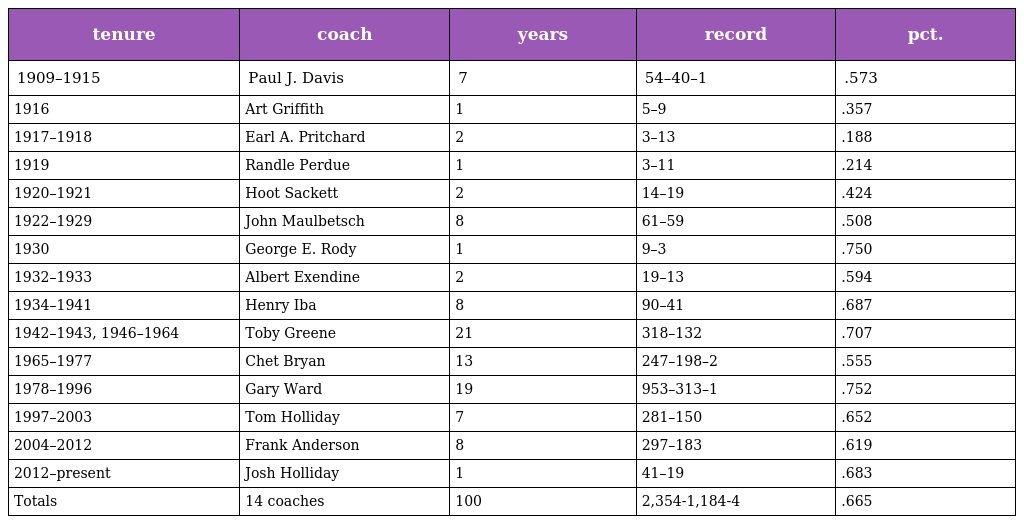
| tenure | coach | years | record | pct. |
 | --- | --- | --- | --- | --- |
 | 1909–1915 | Paul J. Davis | 7 | 54–40–1 | .573 |
 | 1916 | Art Griffith | 1 | 5–9 | .357 |
 | 1917–1918 | Earl A. Pritchard | 2 | 3–13 | .188 |
 | 1919 | Randle Perdue | 1 | 3–11 | .214 |
 | 1920–1921 | Hoot Sackett | 2 | 14–19 | .424 |
 | 1922–1929 | John Maulbetsch | 8 | 61–59 | .508 |
 | 1930 | George E. Rody | 1 | 9–3 | .750 |
 | 1932–1933 | Albert Exendine | 2 | 19–13 | .594 |
 | 1934–1941 | Henry Iba | 8 | 90–41 | .687 |
 | 1942–1943, 1946–1964 | Toby Greene | 21 | 318–132 | .707 |
 | 1965–1977 | Chet Bryan | 13 | 247–198–2 | .555 |
 | 1978–1996 | Gary Ward | 19 | 953–313–1 | .752 |
 | 1997–2003 | Tom Holliday | 7 | 281–150 | .652 |
 | 2004–2012 | Frank Anderson | 8 | 297–183 | .619 |
 | 2012–present | Josh Holliday | 1 | 41–19 | .683 |
 | Totals | 14 coaches | 100 | 2,354-1,184-4 | .665 |